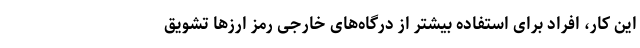
این کار، افراد برای استفاده بیشتر از درگاه‌های خارجی رمز ارزها تشویق